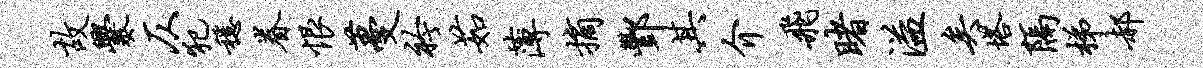
故爨仄犯稳眷恨蔓衿茹薄摘酆其介飞睹溢矣塔隔梯郝